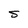
Character: S